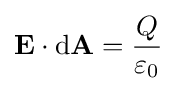
\mathbf {E} \cdot {\textrm {d}}\mathbf {A} ={\frac {Q}{\varepsilon _{0}}}\,\!